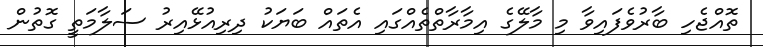
ތޮއްޖެހި ބާރުވެފައިވާ މި މާލޭގެ އިމާރާތްތެއްގައި އެތައް ބަޔަކު ދިރިއުޅޭއިރު ސަލާމަތީ ގޮތުން